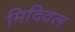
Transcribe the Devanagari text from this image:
मिदिवल